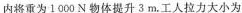
内将重为1000N物体提升3m。工人拉力大小为